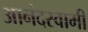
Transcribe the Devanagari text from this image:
आनंदस्वामी